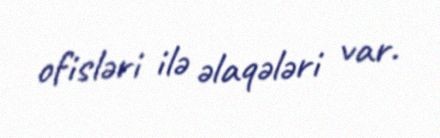
ofisləri ilə əlaqələri var.